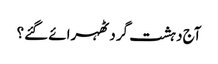
آج دہشت گرد ٹھہرائے گئے؟